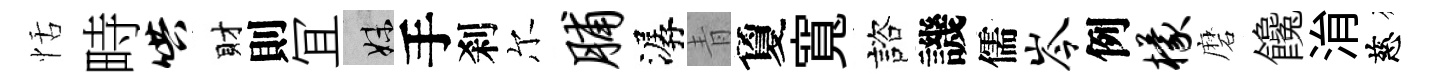
恬畤哄財則冝妹手刹尔脯潺青夐寬諮譏儒岑例檬磨饞㳙慈